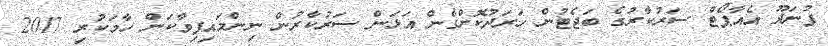
ފުނަދޫ އެއާޕޯޓް ސަރުކާރުގެ ބަޖެޓުން ހަރަދުކޮށްގެން އަޅަން ސަރުކާރުން ނިންމައިފިވާކަން ހާމަކުރި 2017